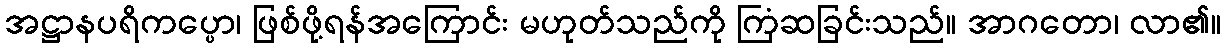
အဋ္ဌာနပရိကပ္ပော၊ ဖြစ်ဖို့ရန်အကြောင်း မဟုတ်သည်ကို ကြံဆခြင်းသည်။ အာဂတော၊ လာ၏။